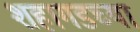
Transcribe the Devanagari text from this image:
शहागडच्या